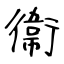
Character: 衞